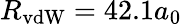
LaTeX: R_{\mathrm{vdW}}=42.1a_{0}